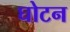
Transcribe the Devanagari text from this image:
घोटन